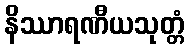
နိဿာရဏီယသုတ္တံ